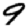
Digit: 9